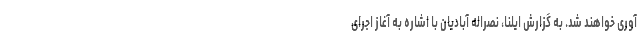
آوری خواهند شد. به گزارش ایلنا، نصراله آبادیان با اشاره به آغاز اجرای